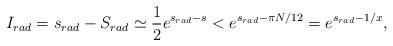
LaTeX: \begin{align*}I_{rad}=s_{rad}-S_{rad} \simeq\frac{1}{2}e^{s_{rad}-s}<e^{s_{rad}-\pi N/12}=e^{s_{rad}-1/x},\end{align*}